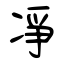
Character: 凈